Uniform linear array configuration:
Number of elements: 32
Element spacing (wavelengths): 0.75
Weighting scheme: uniform
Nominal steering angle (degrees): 45
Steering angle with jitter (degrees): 44.89
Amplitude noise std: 0.05
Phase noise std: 0.05

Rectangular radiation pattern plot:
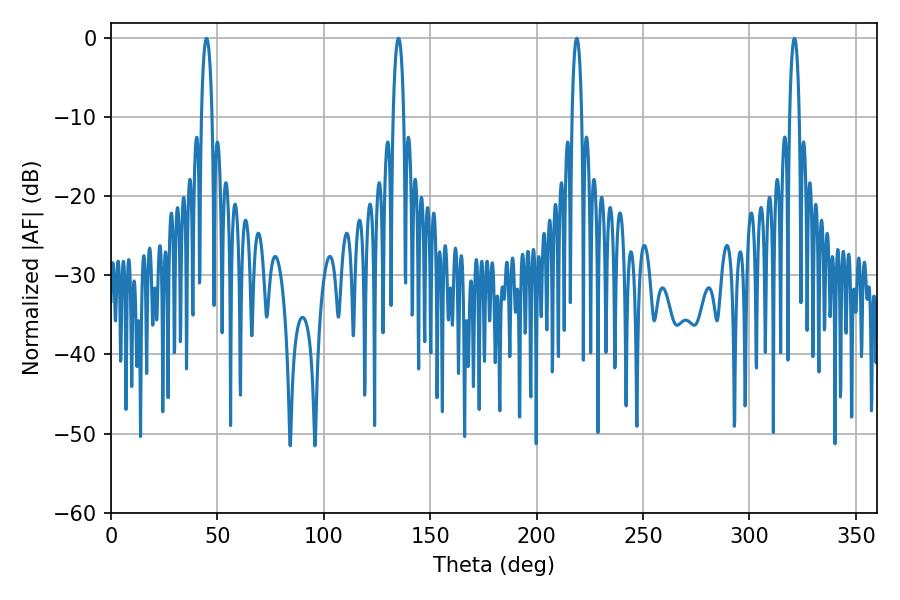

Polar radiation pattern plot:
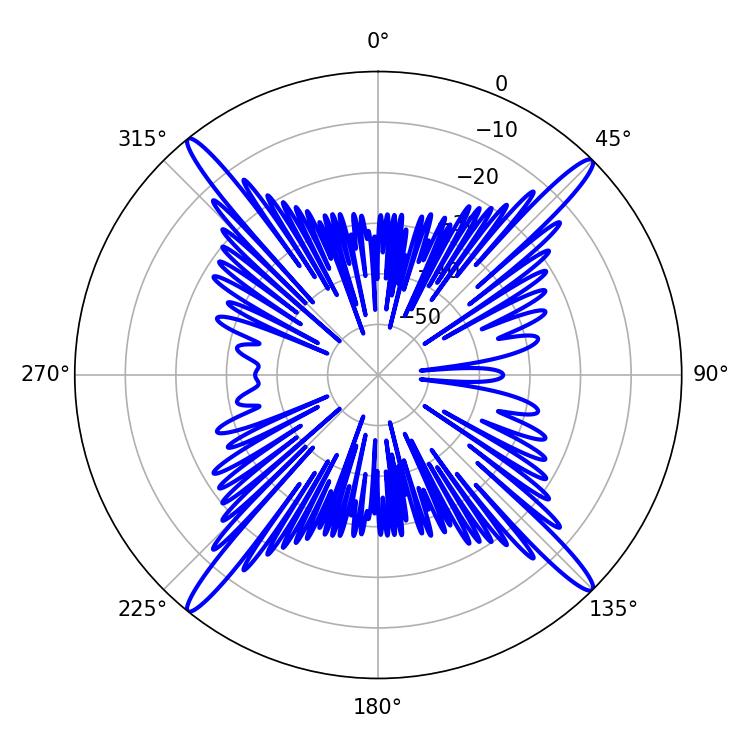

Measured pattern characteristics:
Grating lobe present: TRUE
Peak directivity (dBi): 21.14
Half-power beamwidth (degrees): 2.52
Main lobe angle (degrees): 321.12